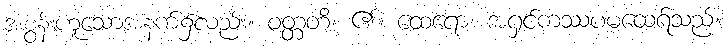
အစွန်းဟူသောအနက်၌လည်း။ ဝတ္တတိ၊ ၏။ ထေရော၊ အရှင်ကဿပမထေရ်သည်။